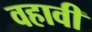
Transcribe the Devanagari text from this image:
वहावी